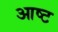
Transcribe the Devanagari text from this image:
आष्ट